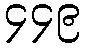
၄၄၉